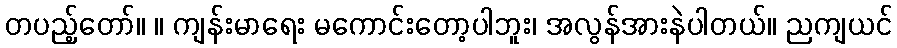
တပည့်တော်။ ။ ကျန်းမာရေး မကောင်းတော့ပါဘူး၊ အလွန်အားနဲပါတယ်။ ညကျယင်